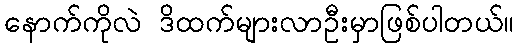
နောက်ကိုလဲ ဒိထက်များလာဦးမှာဖြစ်ပါတယ်။